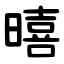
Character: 暿